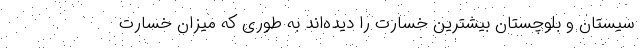
سیستان و بلوچستان بیشترین خسارت را دیده‌اند به طوری که میزان خسارت